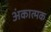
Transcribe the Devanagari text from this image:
अंकात्मक